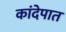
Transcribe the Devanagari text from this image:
कांदेपात